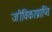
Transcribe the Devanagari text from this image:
जीविकाप्राप्ति